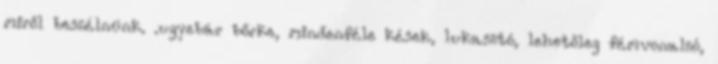
miről beszélnünk. .ugyebár bőrke, mindenféle kések, lukasztó, lehetőleg fémvonalzó,